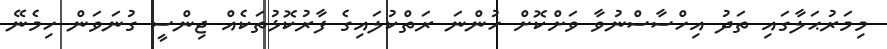
މިމަރުޙަލާގައި ތަދު އިހްސާސްނުވާ ވަށްކޮށް ހުންނަ ރަތްކުލައިގެ ފާރުކޮޅުތަކެއް ޖިންސީ ގުނަވަން ހިމެނޭ